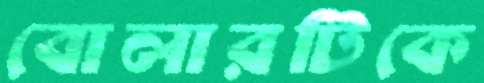
বোলারটিকে